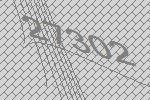
27302